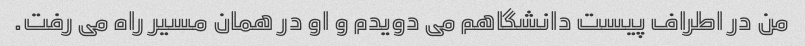
من در اطراف پیست دانشگاهم می دویدم و او در همان مسیر راه می رفت.